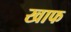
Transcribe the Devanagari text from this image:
खाफ